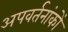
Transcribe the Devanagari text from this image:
अपवर्तनांकों